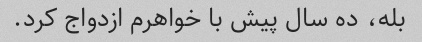
بله، ده سال پیش با خواهرم ازدواج کرد.